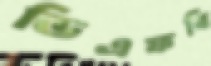
ভিএফবি